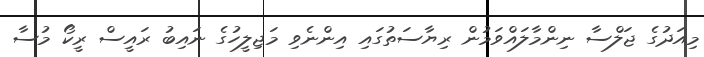
މިއަދުގެ ޖަލްސާ ނިންމާލައްވަމުން ރިޔާސަތުގައި އިންނެވި މަޖިލީހުގެ ނައިބު ރައީސް ރީކޯ މުސާ